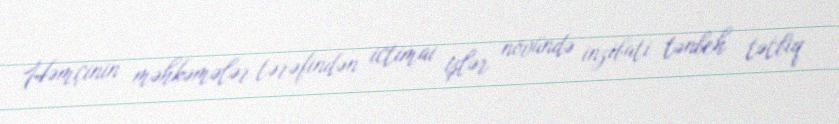
Həmçinin məhkəmələr tərəfindən ictimai işlər növündə inzibati tənbeh tətbiq